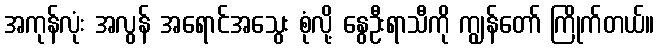
အကုန်လုံး အလွန် အရောင်အသွေး စုံလို့ နွေဦးရာသီကို ကျွန်တော် ကြိုက်တယ်။